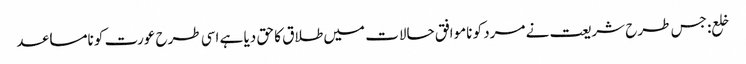
خلع: جس طرح شریعت نے مرد کو ناموافق حالات میں طلاق کا حق دیا ہے اسی طرح عورت کو نامساعد